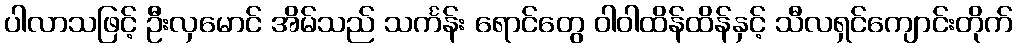
ပါလာသဖြင့် ဦးလှမောင် အိမ်သည် သင်္ကန်း ရောင်တွေ ဝါဝါထိန်ထိန်နှင့် သီလရှင်ကျောင်းတိုက်